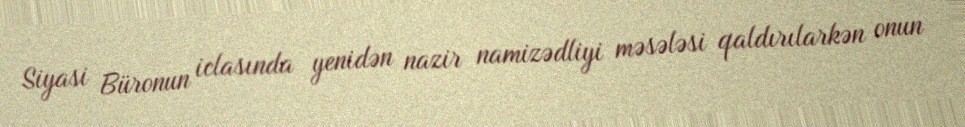
Siyasi Büronun iclasında yenidən nazir namizədliyi məsələsi qaldırılarkən onun